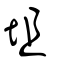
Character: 坥